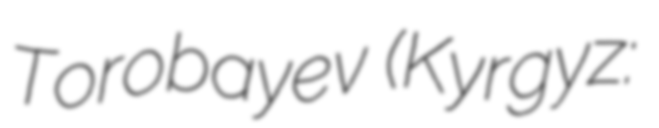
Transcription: Torobayev (Kyrgyz: Бакыт